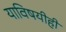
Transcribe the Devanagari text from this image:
याविषयीही